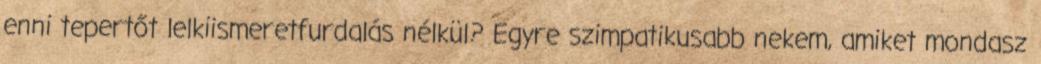
enni tepertőt lelkiismeretfurdalás nélkül? Egyre szimpatikusabb nekem, amiket mondasz